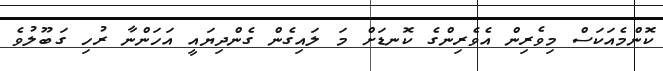
ކޮންމެއަކަސް މިވެރިން އެވެރިންގެ ކޮނޑަށް މަ ލައިގެން ގެންދިޔައީ އަހަންނާ ރުހި ގަބޫލުވެ